画像に写った文字を読んでください
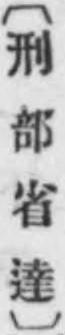
「〔刑部省達〕」と書いてあります